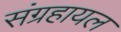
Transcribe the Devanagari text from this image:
संग्रहायल